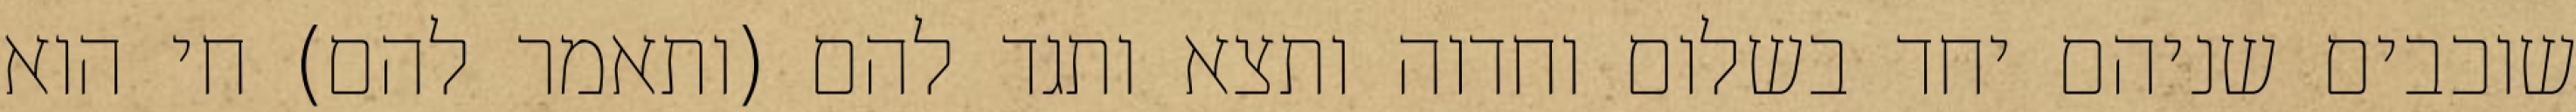
שוכבים שניהם יחד בשלום וחדוה ותצא ותגד להם (ותאמר להם) חי הוא